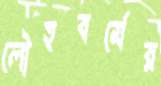
লৌহবর্মের